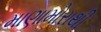
માણામોરાથી